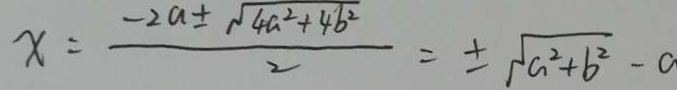
x = \frac { - 2 a \pm \sqrt { 4 a ^ { 2 } + 4 b ^ { 2 } } } { 2 } = \pm \sqrt { a ^ { 2 } + b ^ { 2 } } - a